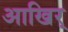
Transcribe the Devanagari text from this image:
आखिर्